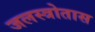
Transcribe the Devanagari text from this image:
जलस्त्रोतास